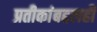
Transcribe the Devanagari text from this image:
प्रतीकांबद्दलही